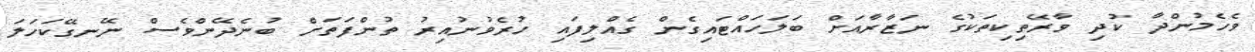
ވެހެމުންދާ ކުދި ވާރޭތިކިތަކުގެ ނަޒާރާއަށް ބަލަހައްޓައިގެން ގެއްލިފައި ހުރެވުނުއިރު ތުންފަތަށް ބުނެދޭންވެސް ނޭނގޭކަހަލަ